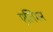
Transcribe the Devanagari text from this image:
एलिमन